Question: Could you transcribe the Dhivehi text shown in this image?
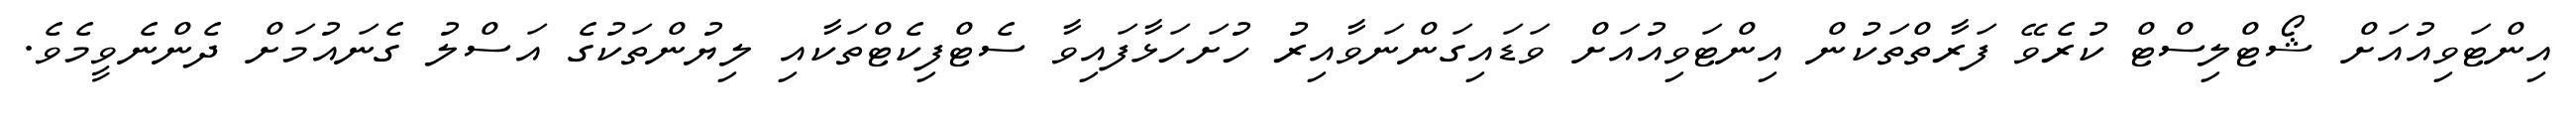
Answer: އިންޓަވިއުއަށް ޝޯޓްލިސްޓް ކުރެވޭ ފަރާތްތަކުން އިންޓަވިއުއަށް ވަޑައިގަންނަވާއިރު ހުށަހަޅާފައިވާ ސެޓްފިކެޓްތަކާއި ލިޔުންތަކުގެ އަސްލު ގެނައުމަށް ދެންނެވީމެވެ.